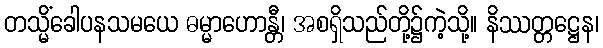
တသ္မိံခေါပနသမယေ ဓမ္မာဟောန္တီ၊ အစရှိသည်တို့၌ကဲ့သို့။ နိဿတ္တဋ္ဌေန၊